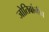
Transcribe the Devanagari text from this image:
जोतिबांनीच